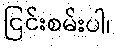
ငြင်းစမ်းပါ၊